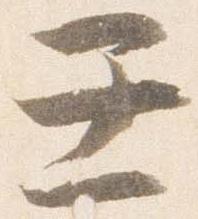
壬